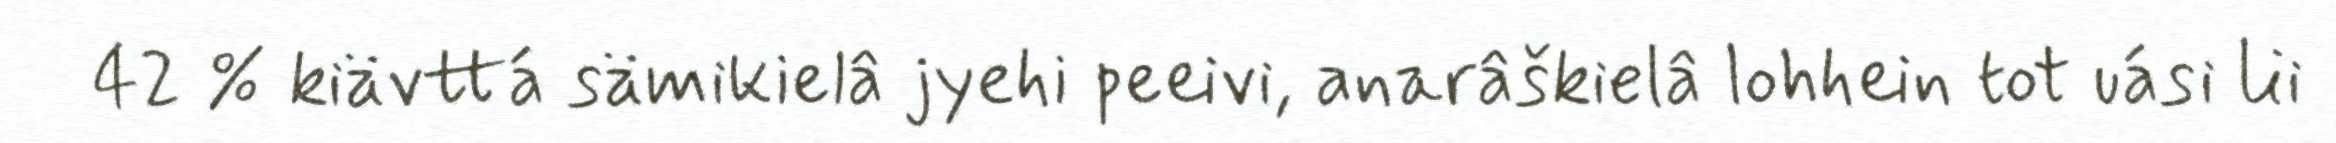
42 % kiävttá sämikielâ jyehi peeivi, anarâškielâ lohhein tot uási lii